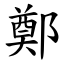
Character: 鄭